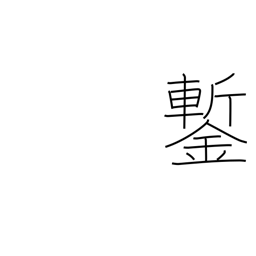
Meaning: cold chisel